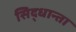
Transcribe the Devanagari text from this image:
सिद्धान्ता